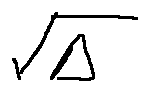
\sqrt { \Delta }